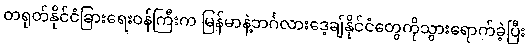
တရုတ်နိုင်ငံခြားရေးဝန်ကြီးက မြန်မာနဲ့ဘင်္ဂလားဒေ့ချ်နိုင်ငံတွေကိုသွားရောက်ခဲ့ပြီး